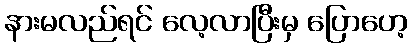
နားမလည်ရင် လေ့လာပြီးမှ ပြောဟေ့